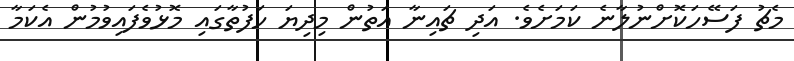
މެޗު ފަސޭހަކޮށްނުލާނެ ކަމަށެވެ. އަދި ޗައިނާ އަތުން މިދިޔަ ހަފުތާގައި މޮޅުވެފައިވުމުން އެކަމާ